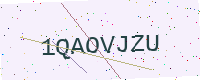
Text: 1QAOVJZU